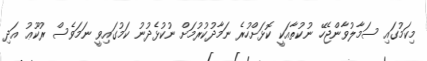
މިކަމުގައި ސަމާލުވާންޖެހޭ ނުކުތާއަކީ ކޮޅަށްހުރެ ނަމާދުކުރުމަށް ނުކުޅެދުނު ކަމުގައިވީ ނަމަވެސް ރުކޫޢު އަދި